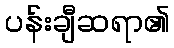
ပန်းချီဆရာ၏